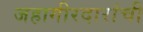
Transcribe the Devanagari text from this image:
जहागीरदारांची